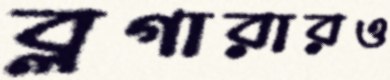
ব্লগারারও